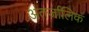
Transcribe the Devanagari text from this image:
अंतर्जालिक